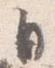
自